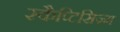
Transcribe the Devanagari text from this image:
स्कैप्टिसिज़्म